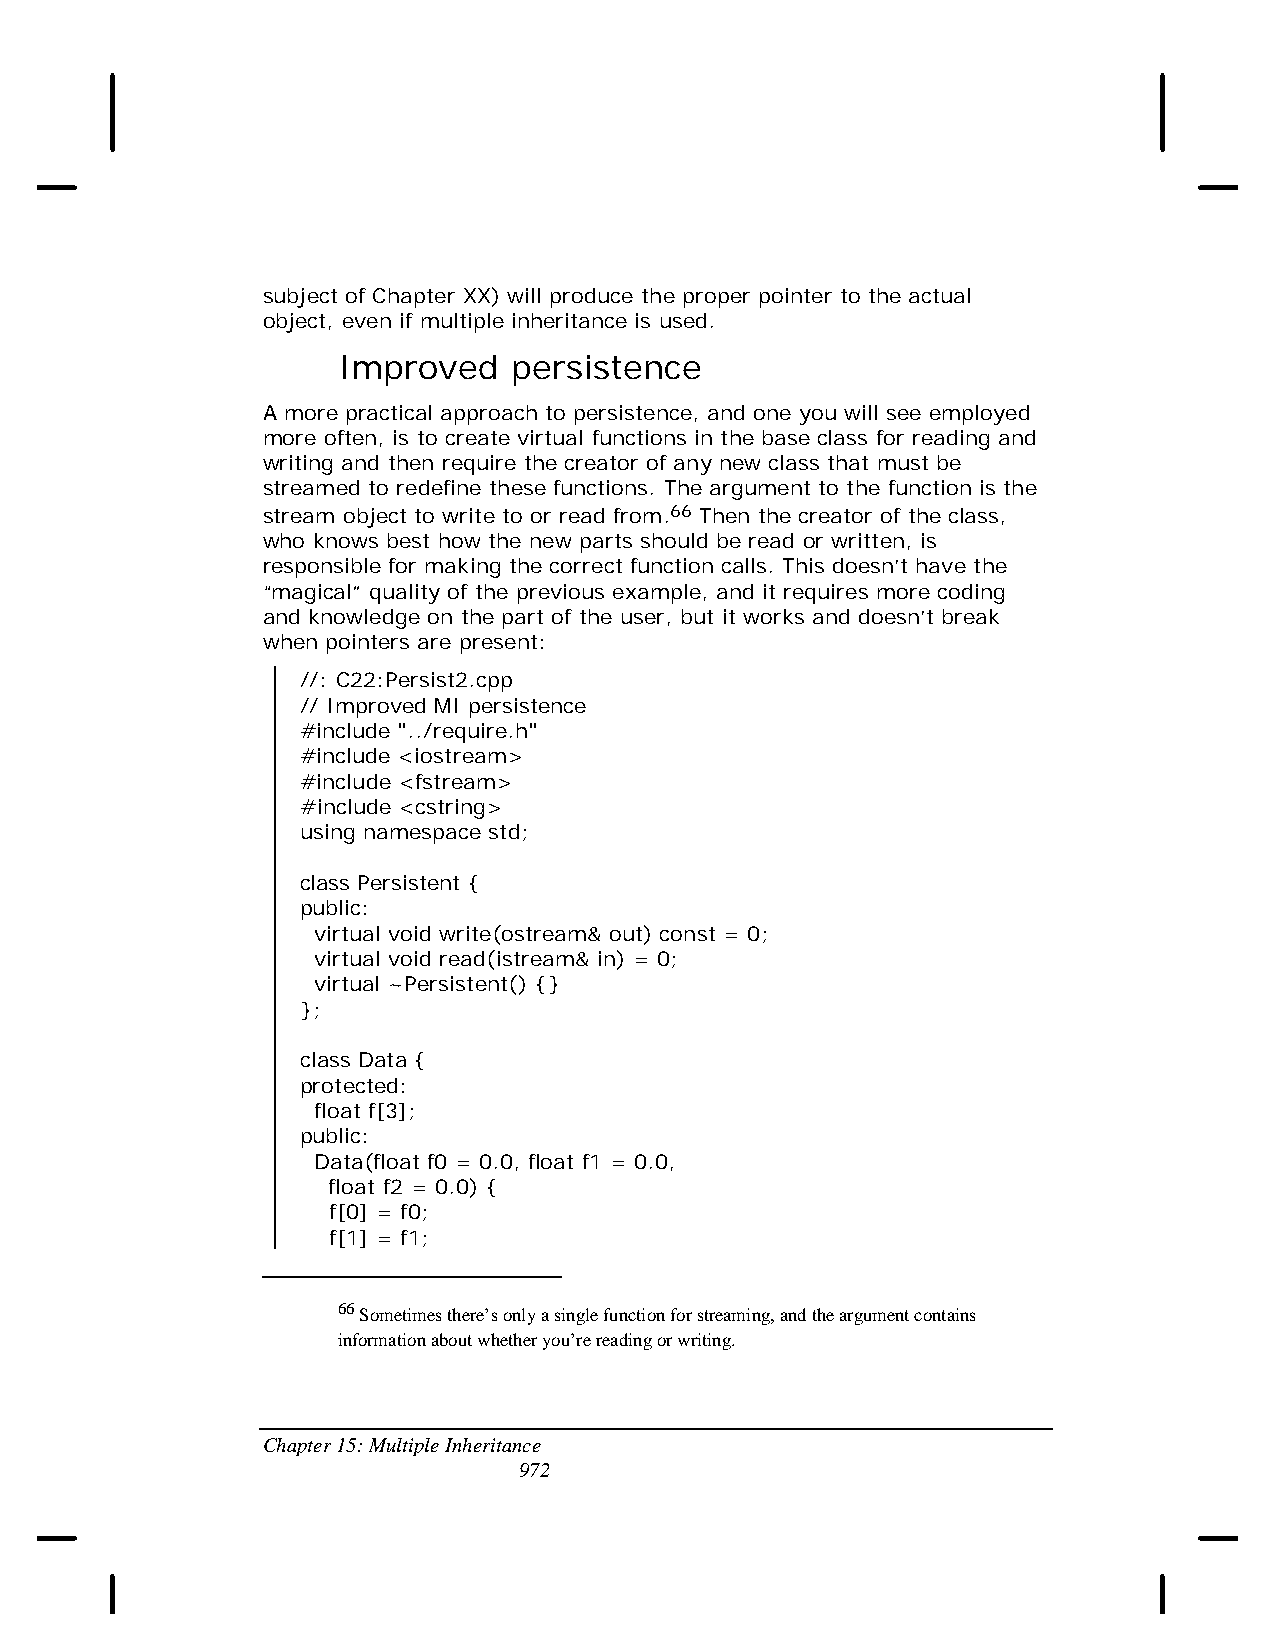
subject of Chapter XX) will produce the proper pointer to the actual
 object, even if multiple inheritance is used.
 Improved    persistence
 A more practical approach to persistence, and one you will see employed
 more often, is to create virtual functions in the base class for reading and
 writing and then require the creator of any new class that must be
 streamed to redefine these functions. The argument to the function is the
 stream object to write to or read from.66 Then the creator of the class,
 who knows best how the new parts should be read or written, is
 responsible for making the correct function calls. This doesn’t have the
 “magical” quality of the previous example, and it requires more coding
 and knowledge on the part of the user, but it works and doesn’t break
 when pointers are present:
 //: C22:Persist2.cpp
 // Improved MI persistence
 #include "../require.h"
 #include <iostream>
 #include <fstream>
 #include <cstring>
 using namespace std;
 class Persistent {
 public:
 virtual void write(ostream& out) const = 0;
 virtual void read(istream& in) = 0;
 virtual ~Persistent() {}
 };
 class Data {
 protected:
 float f[3];
 public:
 Data(float f0 = 0.0, float f1 = 0.0,
 float f2 = 0.0) {
 f[0] = f0;
 f[1] = f1;
 66 Sometimes there’s only a single function for streaming, and the argument contains
 information about whether you’re reading or writing.
 Chapter 15: Multiple Inheritance
 972